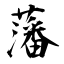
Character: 藩